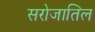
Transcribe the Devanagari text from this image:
सरोजातिल